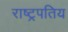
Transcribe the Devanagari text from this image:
राष्ट्रपतिय